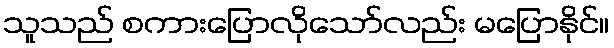
သူသည် စကားပြောလိုသော်လည်း မပြောနိုင်။